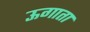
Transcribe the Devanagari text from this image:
ऊगाता